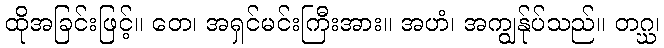
ထိုအခြင်းဖြင့်။ တေ၊ အရှင်မင်းကြီးအား။ အဟံ၊ အကျွန်ုပ်သည်။ တဂ္ဃ၊